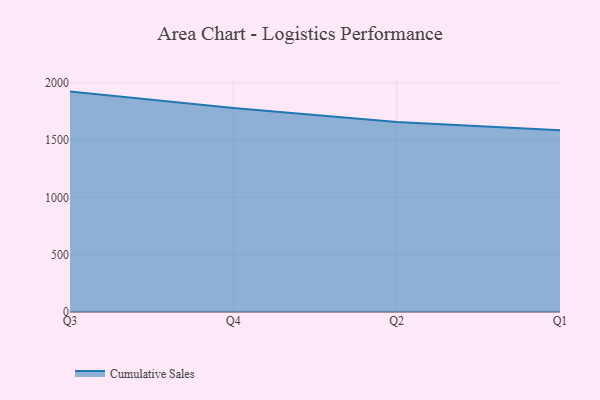
{"axis": {"x": "Quarter", "y": "Satisfaction Score"}, "legend": ["Cumulative Sales"], "data": [{"x": "Q3", "y": 1922.5, "type": "Cumulative Sales"}, {"x": "Q4", "y": 1780.3, "type": "Cumulative Sales"}, {"x": "Q2", "y": 1656.5, "type": "Cumulative Sales"}, {"x": "Q1", "y": 1585.8, "type": "Cumulative Sales"}]}